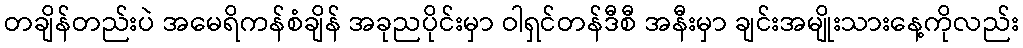
တချိန်တည်းပဲ အမေရိကန်စံချိန် အခုညပိုင်းမှာ ဝါရှင်တန်ဒီစီ အနီးမှာ ချင်းအမျိုးသားနေ့ကိုလည်း